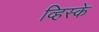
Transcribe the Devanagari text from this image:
व्हिस्के